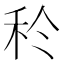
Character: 𥝨